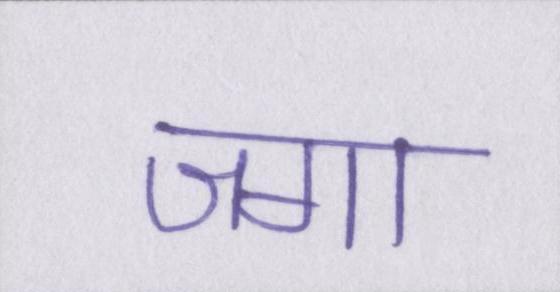
जगा